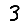
Digit: 3